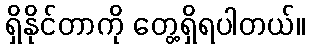
ရှိနိုင်တာကို တွေ့ရှိရပါတယ်။